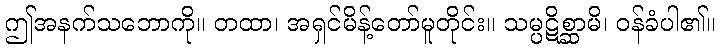
ဤအနက်သဘောကို။ တထာ၊ အရှင်မိန့်တော်မူတိုင်း။ သမ္ပဋိစ္ဆာမိ၊ ဝန်ခံပါ၏။